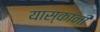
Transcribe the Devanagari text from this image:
यास्कांनी